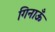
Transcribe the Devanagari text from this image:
गिनाऊँ